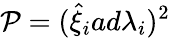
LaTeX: {\cal P}=({\hat{\xi}}_{i}ad{\lambda}_{i})^{2}